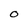
Character: O